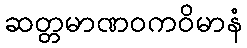
ဆတ္တမာဏဝကဝိမာနံ